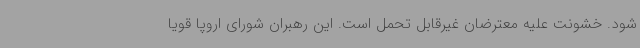
شود. خشونت علیه معترضان غیرقابل تحمل است. این رهبران شورای اروپا قویا